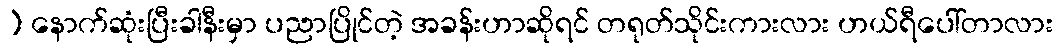
) နောက်ဆုံးပြီးခါနီးမှာ ပညာပြိုင်တဲ့ အခန်းဟာဆိုရင် တရုတ်သိုင်းကားလား ဟယ်ရီပေါ်တာလား